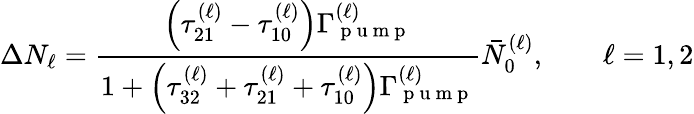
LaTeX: \Delta N_{\ell}=\frac{\left(\tau_{21}^{(\ell)}-\tau_{10}^{(\ell)}\right)\Gamma_{\mathrm{~p~u~m~p~}}^{(\ell)}}{1+\left(\tau_{32}^{(\ell)}+\tau_{21}^{(\ell)}+\tau_{10}^{(\ell)}\right)\Gamma_{\mathrm{~p~u~m~p~}}^{(\ell)}}\bar{N}_{0}^{(\ell)},\qquad\ell=1,2